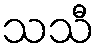
သသီ